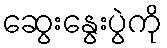
ဆွေးနွေးပွဲကို